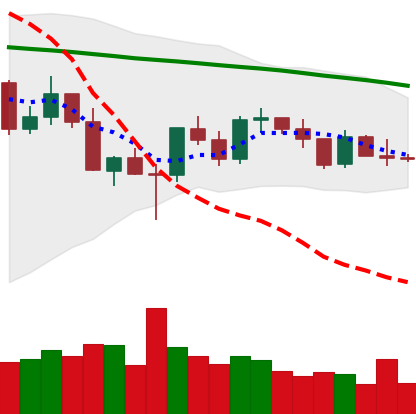
Ticker: XRP-USD
Chart end date: 2022-03-08
Forward return: 5.6%
Label: up_5_7